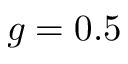
g = 0 . 5